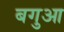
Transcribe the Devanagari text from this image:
बगुआ